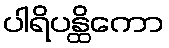
ပါရိပန္ထိကော